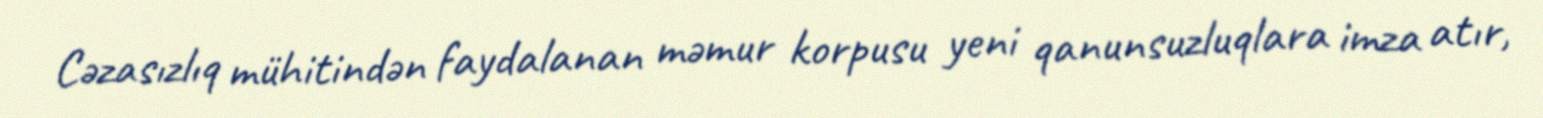
Cəzasızlıq mühitindən faydalanan məmur korpusu yeni qanunsuzluqlara imza atır,